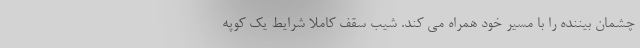
چشمان بیننده را با مسیر خود همراه می کند. شیب سقف کاملا شرایط یک کوپه